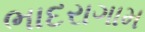
ભાદરાગામ